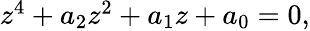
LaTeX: \begin{array}{r}{z^{4}+a_{2}z^{2}+a_{1}z+a_{0}=0,}\end{array}